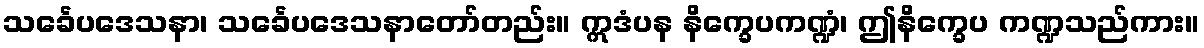
သင်္ခေပဒေသနာ၊ သင်္ခေပဒေသနာတော်တည်း။ ဣဒံပန နိက္ခေပကဏ္ဍံ၊ ဤနိက္ခေပ ကဏ္ဍသည်ကား။